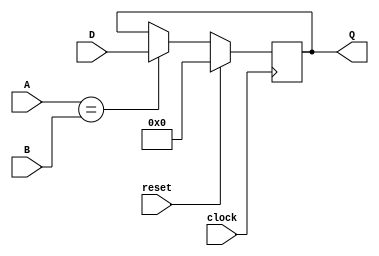
`timescale 1ns / 1ps
//////////////////////////////////////////////////////////////////////////////////
// Company: 
// Engineer: 
// 
// Design Name: 
// Module Name:    Flip_flop_GPIO 
// Project Name: 
// Target Devices: 
// Tool versions: 
// Description: 
//
// Dependencies: 
//
// Revision: 
// Revision 0.01 - File Created
// Additional Comments: 
//
//////////////////////////////////////////////////////////////////////////////////

/*
Objetivo del mdulo:
Se agrega este mdulo con el fin de cumplir con el rol de registro en el cual guarda el valor de la memoria 0xABCD
en la salida GPIO, en el caso que A y B sean iguales el dato D de entrada se guarda en el registro

-Entradas
A: Primer valor a comparar
B: Segundo valor a comparar
D: Dato a guardar 
clock: Seal de reloj
reset: Reinicia el valo en creo

-Salidas
Q: Dato actual del mdulo

*/

module Flip_flop_GPIO(A, B, D, Q, clock, reset
   );

	input [31:0] A, B, D;
	input clock, reset;
	output reg [31:0] Q = 0;
	
	always@(posedge clock)
	begin
		if(reset) // Reiniciar los valores
		begin
			Q <= 0;
		end
		else
		begin
			if(A == B) // Guardar o no el valos
			begin
				Q <= D;
			end
		end
	end

endmodule